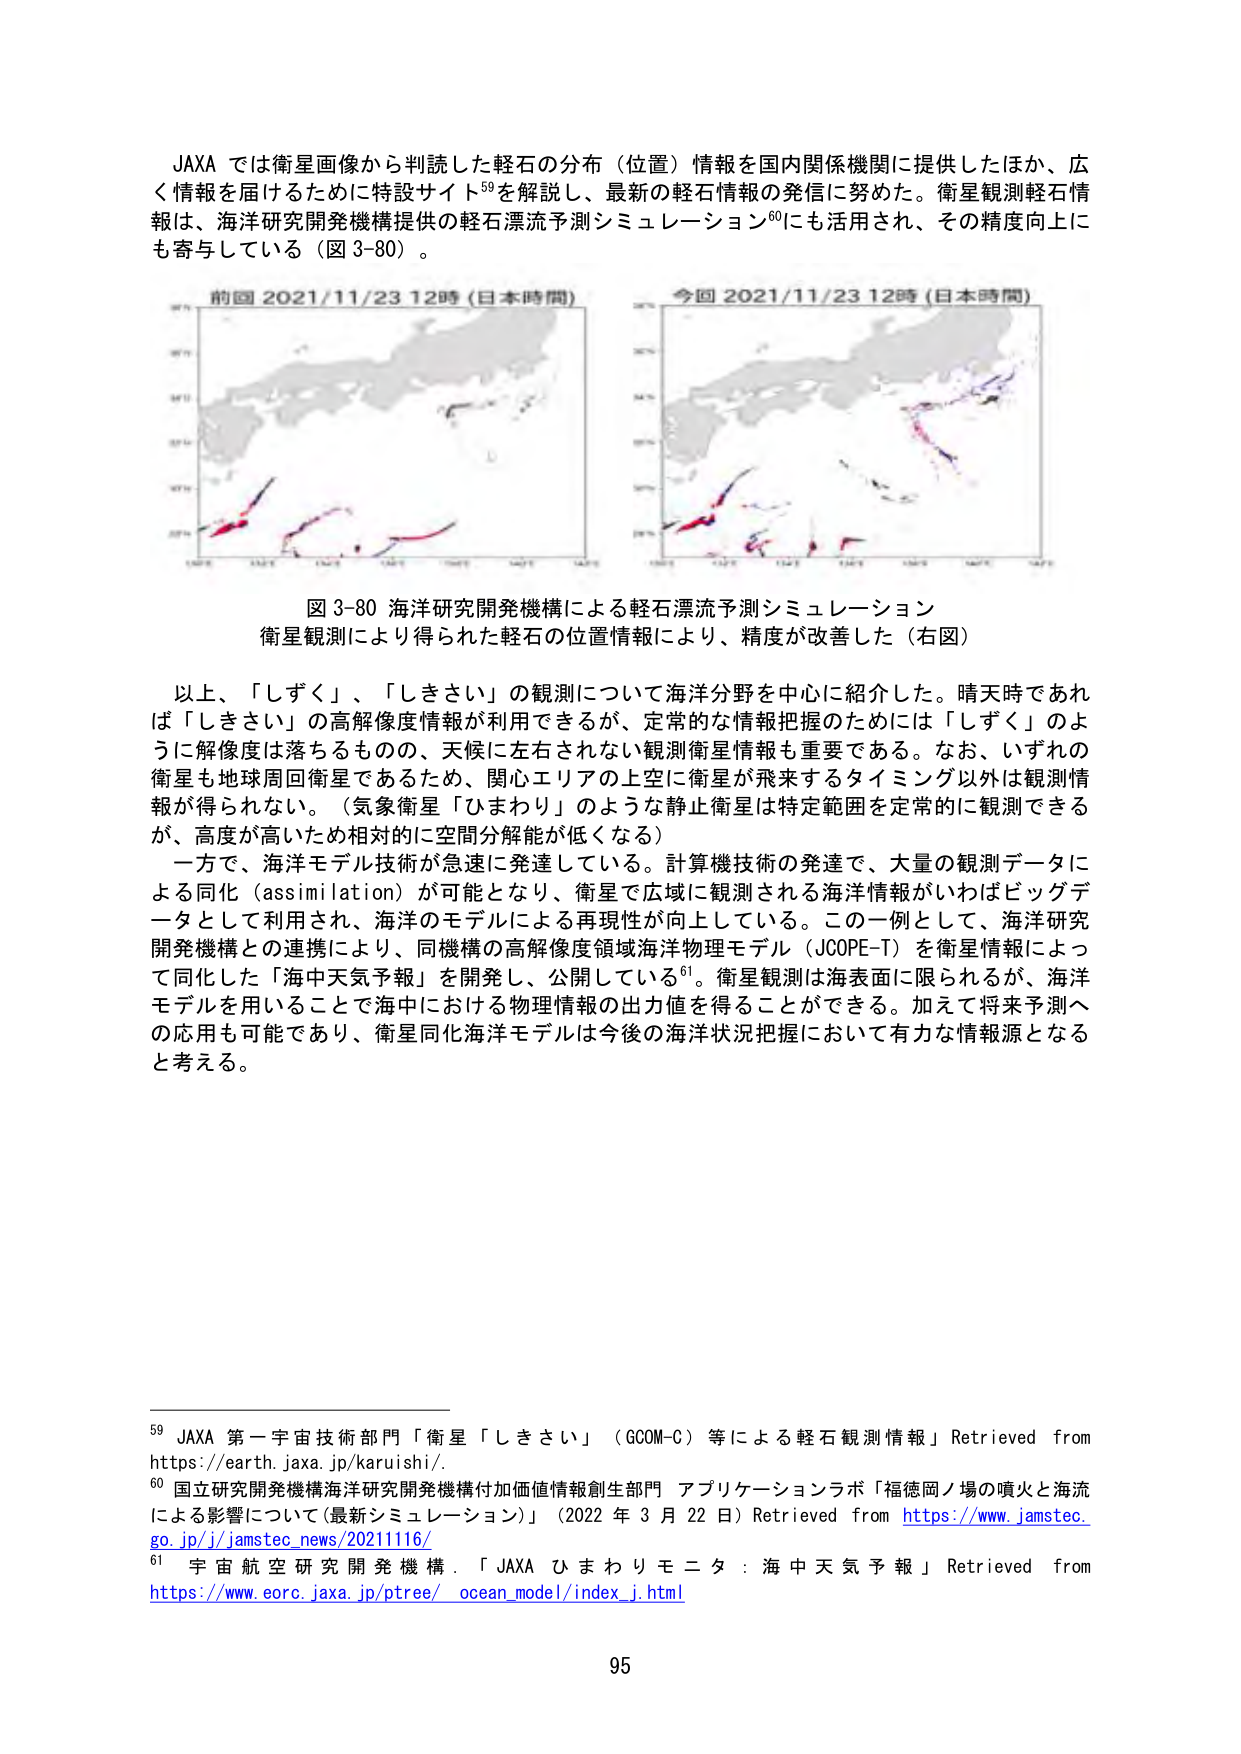
JAXA では衛星画像から判読した軽石の分布（位置）情報を国内関係機関に提供したほか、広く情報を届けるために特設サイト⁵⁹を解説し、最新の軽石情報の発信に努めた。衛星観測軽石情報は、海洋研究開発機構の軽石漂流予測シミュレーション⁶⁰にも活用され、その精度向上にも寄与している（図3-80）。

前回 2021/11/23 12時（日本時間）
今回 2021/11/23 12時（日本時間）

図3-80 海洋研究開発機構による軽石漂流予測シミュレーション
衛星観測により得られた軽石の位置情報により、精度が改善した（右図）

以上、「しずく」、「しきさい」の観測について海洋分野を中心に紹介した。晴天時であれば「しきさい」の高解像度情報が利用できるが、定常的な情報把握のためには「しずく」のように解像度は落ちるもの、天候に左右されない観測衛星情報も重要である。なお、いずれの衛星も地球周回衛星であるため、関心エリアの上空に衛星が飛来するタイミング以外は観測情報が得られない。（気象衛星「ひまわり」のような静止衛星は特定範囲を定常的に観測できるが、高度が高いため相対的に空間分解能が低くなる）

一方で、海洋モデル技術が急速に発達している。計算機技術の発達で、大量の観測データによる同化（assimilation）が可能となり、衛星で広域に観測される海洋情報がいわばビッグデータとして利用され、海洋のモデルによる再現性が向上している。この一例として、海洋研究開発機構との連携により、同機構の高解像度領域海洋物理モデル（JCOPE-T）を衛星情報によって同化した「海中天気予報」を開発し、公開している⁶¹。衛星観測は海表面に限られるが、海洋モデルを用いることで海中における物理情報の出力値を得ることができる。加えて将来予測への応用も可能であり、衛星同化海洋モデルは今後の海洋状況把握において有力な情報源となると考える。

⁵⁹ JAXA 第一宇宙技術部門「衛星「しきさい」（GCOM-C）等による軽石観測情報」Retrieved from https://earth.jaxa.jp/karuishi/

⁶⁰ 国立研究開発機構海洋研究開発機構付加価値情報創生部門 アプリケーションラボ「福徳岡ノ場の噴火と海流による影響について（最新シミュレーション）」（2022年3月22日）Retrieved from https://www.jamstec.go.jp/j/jamstec_news/20211116/

⁶¹ 宇宙航空研究開発機構．「JAXA ひまわりモニタ：海中天気予報」Retrieved from https://www.eorc.jaxa.jp/pTree/_ocean_model/index_j.html

95